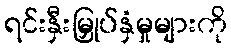
ရင်းနှီးမြှုပ်နှံမှုများကို